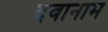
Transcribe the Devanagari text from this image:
देवानाम